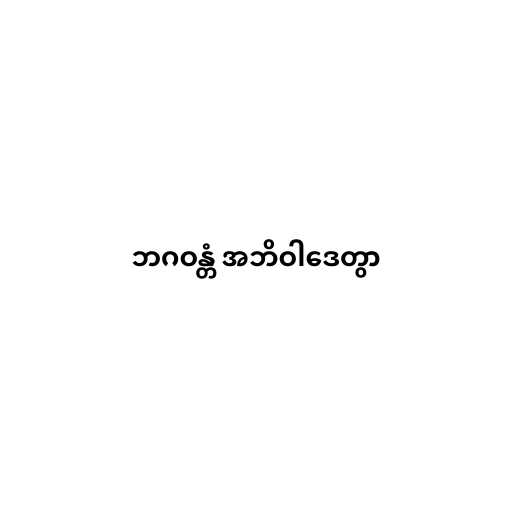
ဘဂဝန္တံ အဘိဝါဒေတွာ